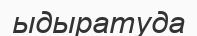
ыдыратуда